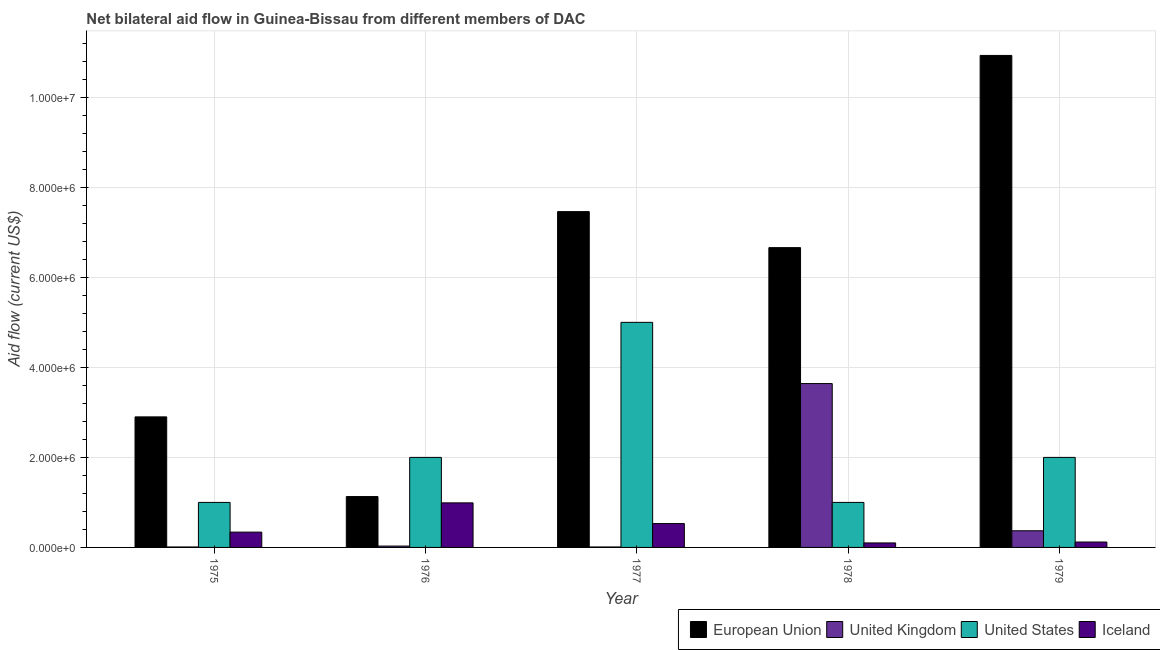
| Year | European Union | United Kingdom | United States | Iceland |
 | --- | --- | --- | --- | --- |
 | 1975 | 2.9e+06 | 1e+04 | 1e+06 | 3.4e+05 |
 | 1976 | 1.13e+06 | 3e+04 | 2e+06 | 9.9e+05 |
 | 1977 | 7.46e+06 | 1e+04 | 5e+06 | 5.3e+05 |
 | 1978 | 6.66e+06 | 3.64e+06 | 1e+06 | 1e+05 |
 | 1979 | 1.09e+07 | 3.7e+05 | 2e+06 | 1.2e+05 |